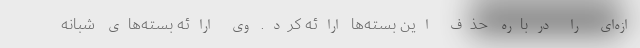
ازه‌ای را درباره حذف این بسته‌ها ارائه کرد. وی ارائه بسته‌های شبانه